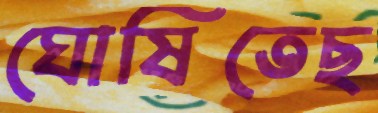
ঘোষিতেছ